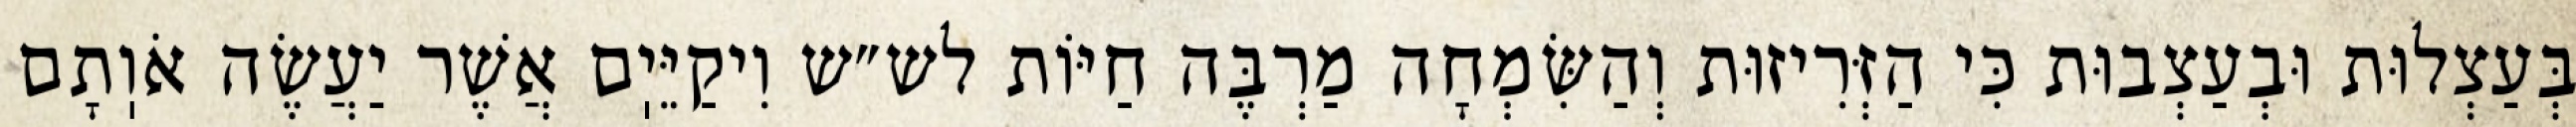
בְּעַצְלוּת וּבְעַצְבוּת כִּי הַזְּרִיזוּת וְהַשִּׂמְחָה מַרְבֶּה חַיּוֹת לש״ש וִיקַיֵּיֽם אֲשֶׁר יַעֲשֶׂה אֹוֽתָם